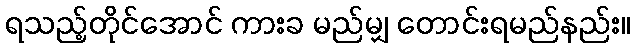
ရသည့်တိုင်အောင် ကားခ မည်မျှ တောင်းရမည်နည်း။